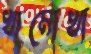
খামোখা